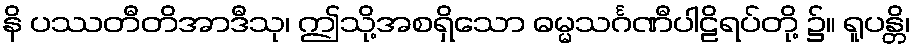
နိ ပဿတီတိအာဒီသု၊ ဤသို့အစရှိသော ဓမ္မသင်္ဂဏီပါဠိရပ်တို့ ၌။ ရူပန္တိ၊